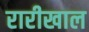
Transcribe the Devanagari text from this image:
रारीखाल